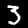
Label: 3